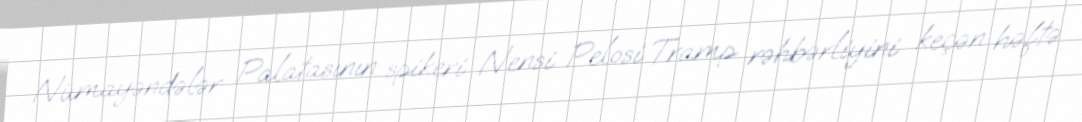
Nümayəndələr Palatasının spikeri Nensi Pelosi Tramp rəhbərliyini keçən həftə